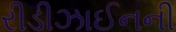
રીડીઝાઈનની